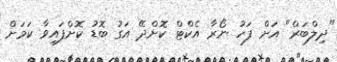
"ދިލްބަރް" އަށް ފަހު ނޯރާ އެކްޓް ކޮށްދޭ އަގު ބޮޑު ކޮށްފައިވާ ކަމަށް